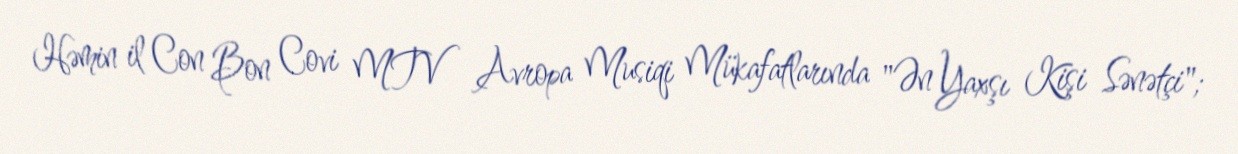
Həmin il Con Bon Covi MTV Avropa Musiqi Mükafatlarında "Ən Yaxşı Kişi Sənətçi";